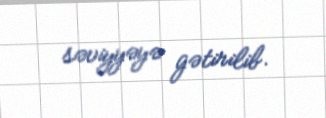
səviyyəyə gətirilib.